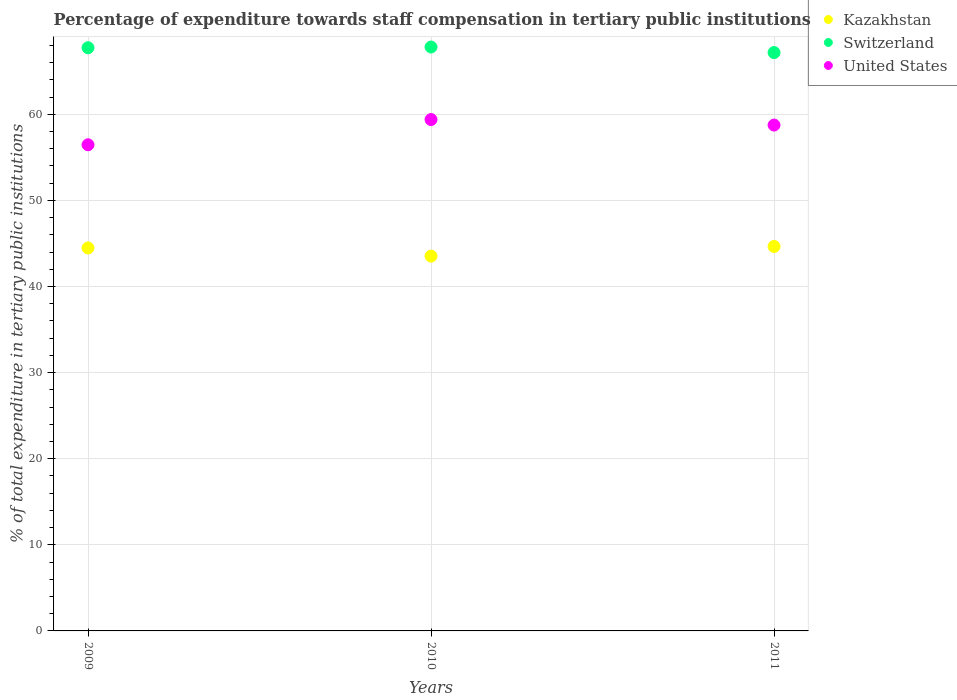
| Years | Kazakhstan | Switzerland | United States |
 | --- | --- | --- | --- |
 | 2009 | 44.5 | 67.7 | 56.5 |
 | 2010 | 43.5 | 67.8 | 59.4 |
 | 2011 | 44.6 | 67.2 | 58.7 |